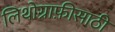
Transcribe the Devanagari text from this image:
लिथोग्राफ़ीसाठी